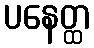
ပနေတ္ထ